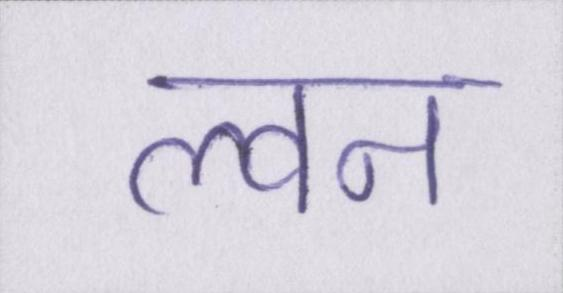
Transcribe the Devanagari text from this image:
ल्वन